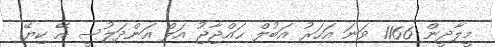
މީލާދީން 1166 ވަނަ އަހަރު އަބުލް ޙައްޖާޖު އަލް އަންދަލުސީ އޭ ކިޔޭ